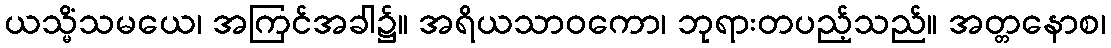
ယသ္မိံသမယေ၊ အကြင်အခါ၌။ အရိယသာဝကော၊ ဘုရားတပည့်သည်။ အတ္တနောစ၊